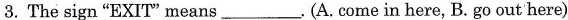
3. The sign "EXIT"means___.(A.come in here,B.go out here)